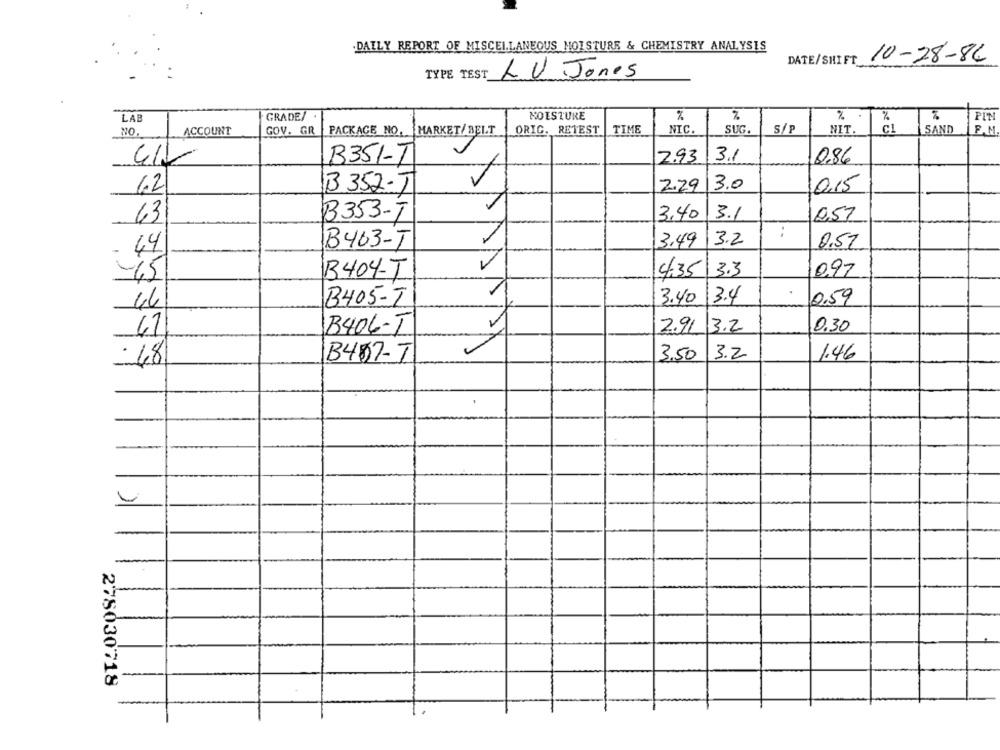
DAILY REPORT OF MISCELLANEOUS MOISTURE & CHEMISTRY ANALYSIS
DATE/SHIFT 10-28-86
TYPE TEST
LU Jones
LAB
GRADE/
MOISTURE
%
%
PIN
TIME
NO.
ACCOUNT
GOV. GR
PACKAGE NO. MARKET/ BELT
ORIG. RETEST
NIC.
SUG.
NIT.
CL
SAND
F . M.
3.1
B351-T
2.93
0.86
6.2
B 352-T
2.29
3.0
0,15
B353-T
3,40
3.1
0,57
63
B463-T
3.49
3.2
0,51
44
4,5
B404-T
4.35
3.3
0.97
3.40
3.4
0,59
46
B405-T
41
B406-T
2.91
3.2
0.30
B487-T
3,50
3.2
1.46
.48
278030718